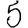
Digit: 5